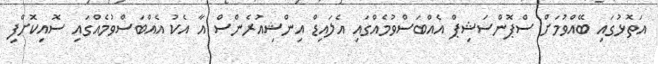
އަތޮޅުގައި ބޭއްވުމަށް ސްޕޮންސަޝިޕް އެއްބަސްވުމެއްގައި އެލައިޑް އިންޝިއުރެންސް އާ އެކު އެއްބަސްވުމެއްގައި ސޮއިކޮށްފި